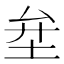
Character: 𡊅